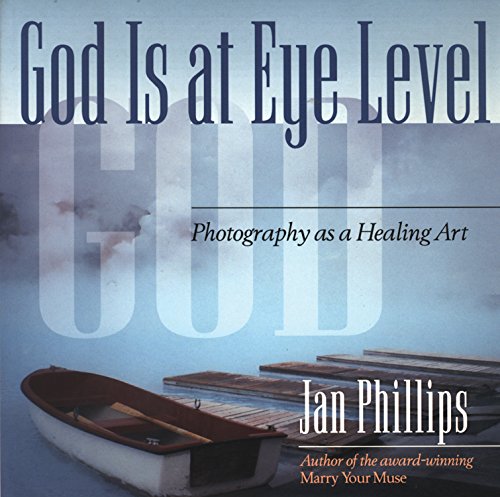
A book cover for God Is at Eye Level: Photography as a Healing Art; Jan Phillips; Arts & Photography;